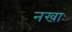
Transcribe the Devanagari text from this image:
नखाः